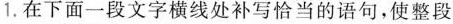
1.在下面一段文字横线处补写恰当的词句，使整段